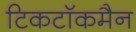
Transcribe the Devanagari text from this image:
टिकटॉकमैन